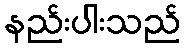
နည်းပါးသည်